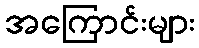
အကြောင်းများ